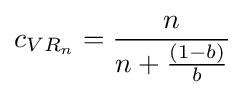
c_{VR_{n}}={\frac {n}{n+{\frac {(1-b)}{b}}}}